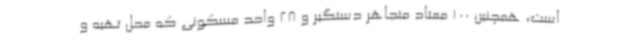
است، همچنین 100 معتاد متجاهر دستگیر و 28 واحد مسکونی که محل تهیه و